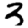
Digit: 3